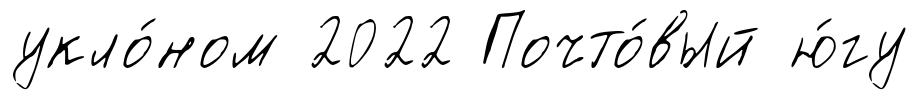
укло́ном 2022 Почто́вый ю́гу